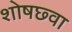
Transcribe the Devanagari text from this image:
शोषछ्वा